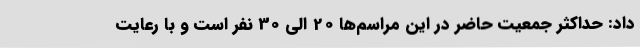
داد: حداکثر جمعیت حاضر در این مراسم‌ها 20 الی 30 نفر است و با رعایت